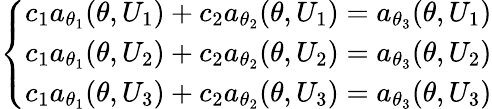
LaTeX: \left\{ \begin{array}{ll}{c_{1}a_{\theta_{1}}(\theta,U_{1})+c_{2}a_{\theta_{2}}(\theta,U_{1})=a_{\theta_{3}}(\theta,U_{1})}\\ {c_{1}a_{\theta_{1}}(\theta,U_{2})+c_{2}a_{\theta_{2}}(\theta,U_{2})=a_{\theta_{3}}(\theta,U_{2})}\\ {c_{1}a_{\theta_{1}}(\theta,U_{3})+c_{2}a_{\theta_{2}}(\theta,U_{3})=a_{\theta_{3}}(\theta,U_{3})}\end{array}\right.